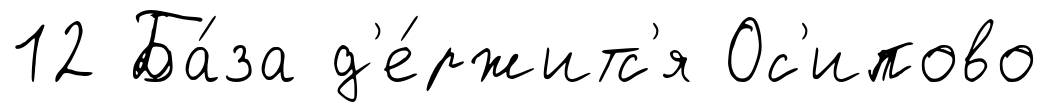
12 Ба́за д'е́ржитс'я Ос'ипово